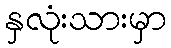
နှလုံးသားမှာ